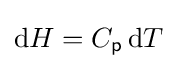
\mathrm {d} H=C_{\mathsf {p}}\,\mathrm {d} T